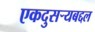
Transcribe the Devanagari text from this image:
एकदुसर्‍यबद्दल